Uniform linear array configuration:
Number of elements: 32
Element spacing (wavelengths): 0.25
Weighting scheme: hann
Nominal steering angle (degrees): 30
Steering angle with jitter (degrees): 28.913
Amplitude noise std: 0.05
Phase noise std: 0.05

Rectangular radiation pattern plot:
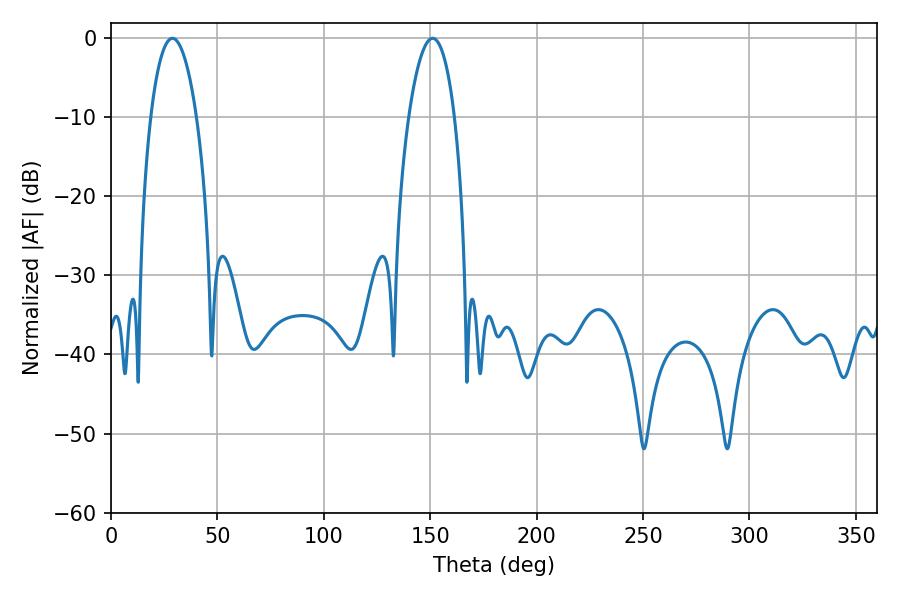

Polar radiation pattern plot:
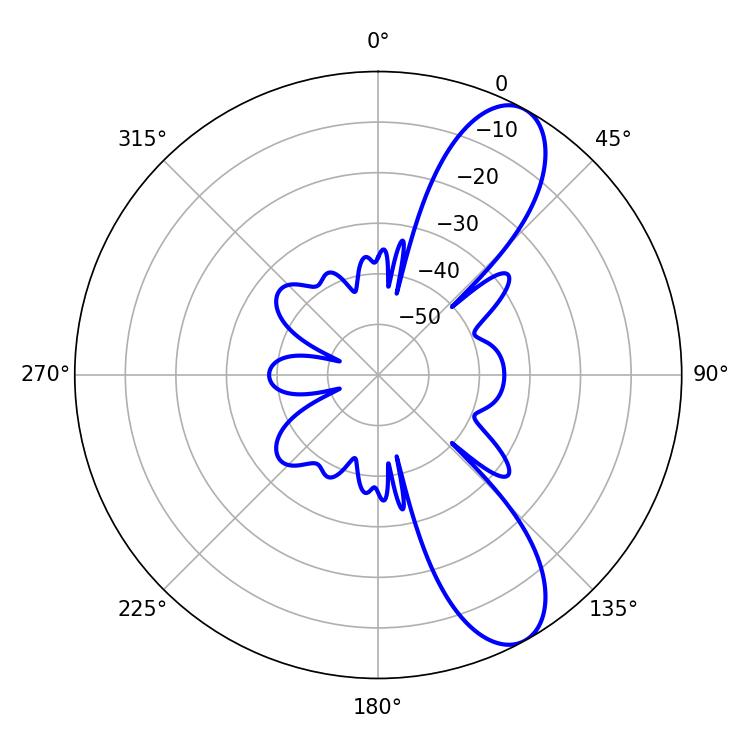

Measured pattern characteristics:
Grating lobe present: FALSE
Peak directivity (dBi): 9.648
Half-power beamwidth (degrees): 12.06
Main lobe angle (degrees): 28.8